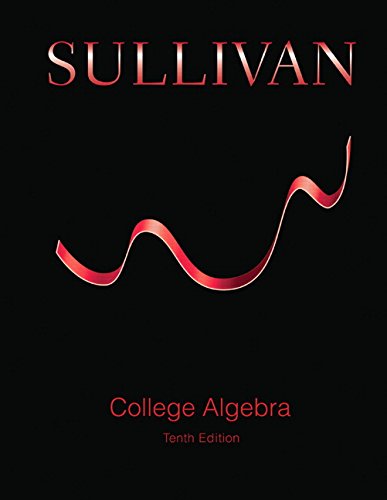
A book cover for College Algebra (10th Edition); Michael Sullivan; Science & Math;